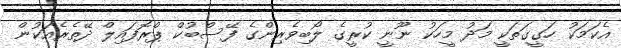
އެކަމަކު ހަގީގަތަކީ މަދު މީހަކު ނޫނީ ކުރީގެ ލޯބިވެރިންގެ ފޭސްބުކް ޕްރޮފައިލް ދޭތެރެއަކުން